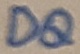
Text: DQ